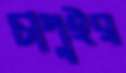
চাপুইর